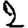
Digit: 2